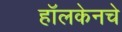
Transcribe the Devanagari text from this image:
हॉलकेनचे